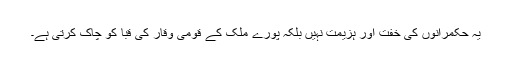
یہ حکمرانوں کی خفت اور ہزیمت نہیں بلکہ پورے ملک کے قومی وقار کی قبا کو چاک کرتی ہے۔